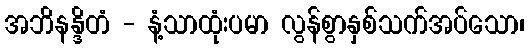
အဘိနန္ဒိတံ - နံ့သာထုံးပမာ လွန်စွာနှစ်သက်အပ်သော၊